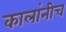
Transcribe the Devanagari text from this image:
कालांनीच